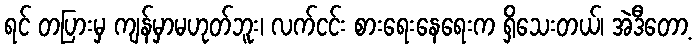
ရင် တပြားမှ ကျန်မှာမဟုတ်ဘူး၊ လက်ငင်း စားရေးနေရေးက ရှိသေးတယ်၊ အဲဒီတော့